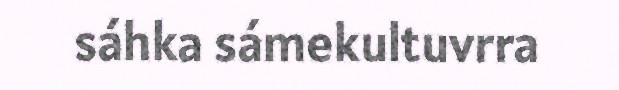
sáhka sámekultuvrra